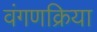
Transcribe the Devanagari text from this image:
वंगणक्रिया